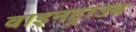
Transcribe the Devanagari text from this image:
वाइनट्राउब